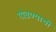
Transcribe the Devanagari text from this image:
गोवण्याची